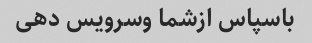
باسپاس ازشما وسرویس دهی